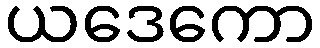
ယဒေကော